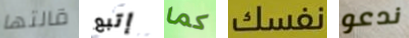
قالتها إتبع كما نفسك ندعو